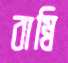
বাম্বি